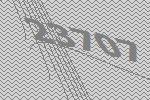
23707